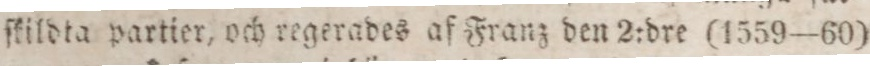
ſkildta partier, och regerades af Franz den 2:dre (1559—60)